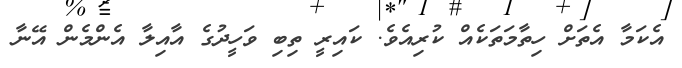
އެކަމާ އެތަށް ހިތާމަތަކެއް ކުރިއެވެ. ކައިރީ ތިބި ވަހީދުގެ އާއިލާ އެންމެން އޭނާ